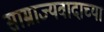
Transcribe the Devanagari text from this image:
साम्राज्यवादाच्या